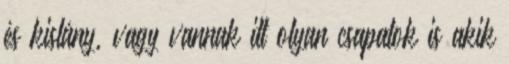
és kislány, vagy vannak itt olyan csapatok is akik